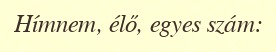
Hímnem, élő, egyes szám: